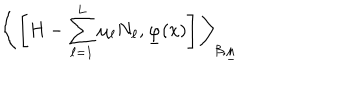
\bigg \langle \left[ H - \sum _ { \ell = 1 } ^ { L } \mu _ { \ell } N _ { \ell } , \underline { { { \varphi } } } ( x ) \right] \bigg \rangle _ { \beta , \underline { { { \mu } } } }